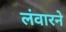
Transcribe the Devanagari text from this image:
लंवारने